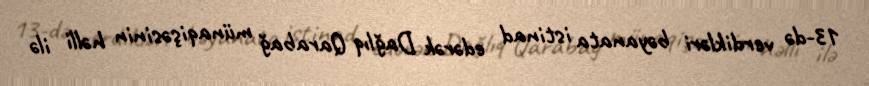
13-də verdikləri bəyanata istinad edərək Dağlıq Qarabağ münaqişəsinin həlli ilə